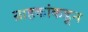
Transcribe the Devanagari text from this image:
ग्राहकांकडून